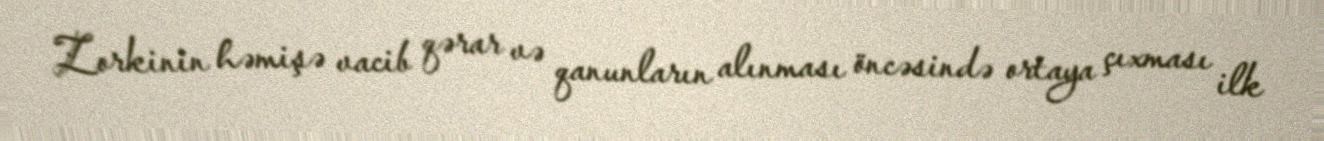
Zorkinin həmişə vacib qərar və qanunların alınması öncəsində ortaya çıxması ilk